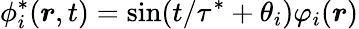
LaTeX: \phi_{i}^{*}(\boldsymbol{r},t)=\sin({t}/{\tau^{*}}+\theta_{i})\varphi_{i}(\boldsymbol{r})